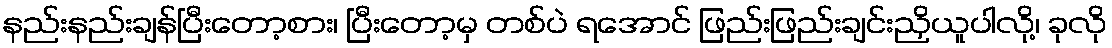
နည်းနည်းချန်ပြီးတော့စား၊ ပြီးတော့မှ တစ်ပဲ ရအောင် ဖြည်းဖြည်းချင်းညှိယူပါလို့၊ ခုလို